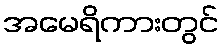
အမေရိကားတွင်